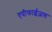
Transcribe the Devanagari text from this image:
एपीफाईज़ल